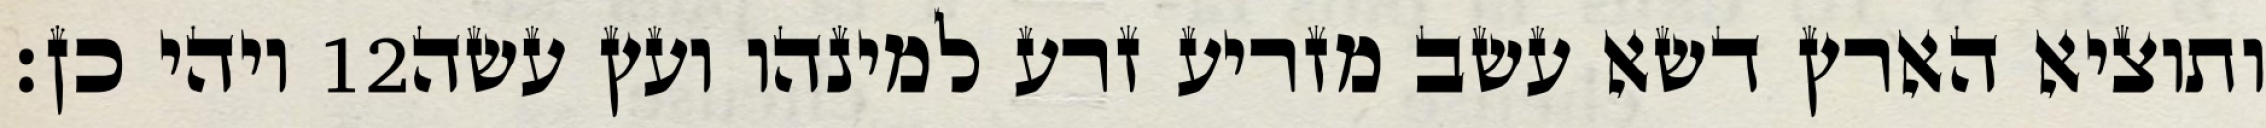
ויהי כן׃ ‎12‏ ותוציא הארץ דשא עשב מזריע זרע למינהו ועץ עשה